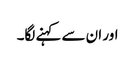
اور ان سے کہنے لگا۔